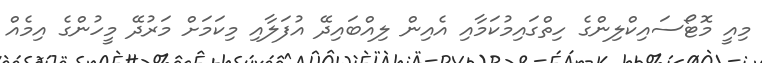
މިއީ މޮޓޯސައިކްލިންގެ ހިތްގައިމުކަމާއި އެއިން ލިއްބައިދޭ އުފަލާއި މިކަމަށް މަރުދޭ މީހުންގެ އިމެއް